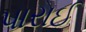
પારાઈ